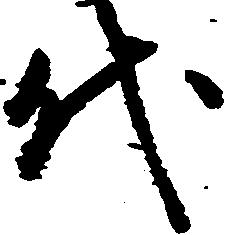
代